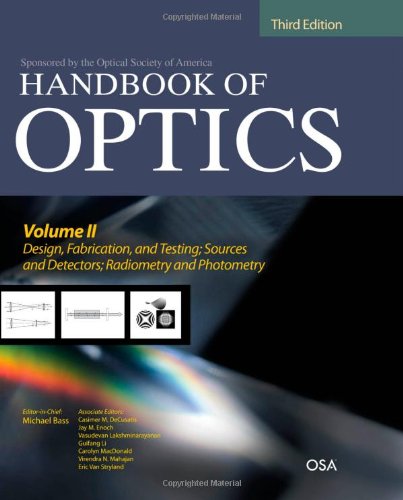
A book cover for Handbook of Optics, Third Edition Volume II: Design, Fabrication and Testing, Sources and Detectors, Radiometry and Photometry; Michael Bass; Science & Math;